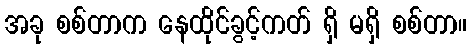
အခု စစ်တာက နေထိုင်ခွင့်ကတ် ရှိ မရှိ စစ်တာ။